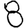
Digit: 8